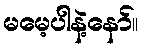
မမေ့ပါနဲ့နော်။